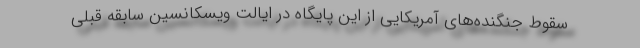
سقوط جنگنده‌های آمریکایی از این پایگاه در ایالت ویسکانسین سابقه قبلی